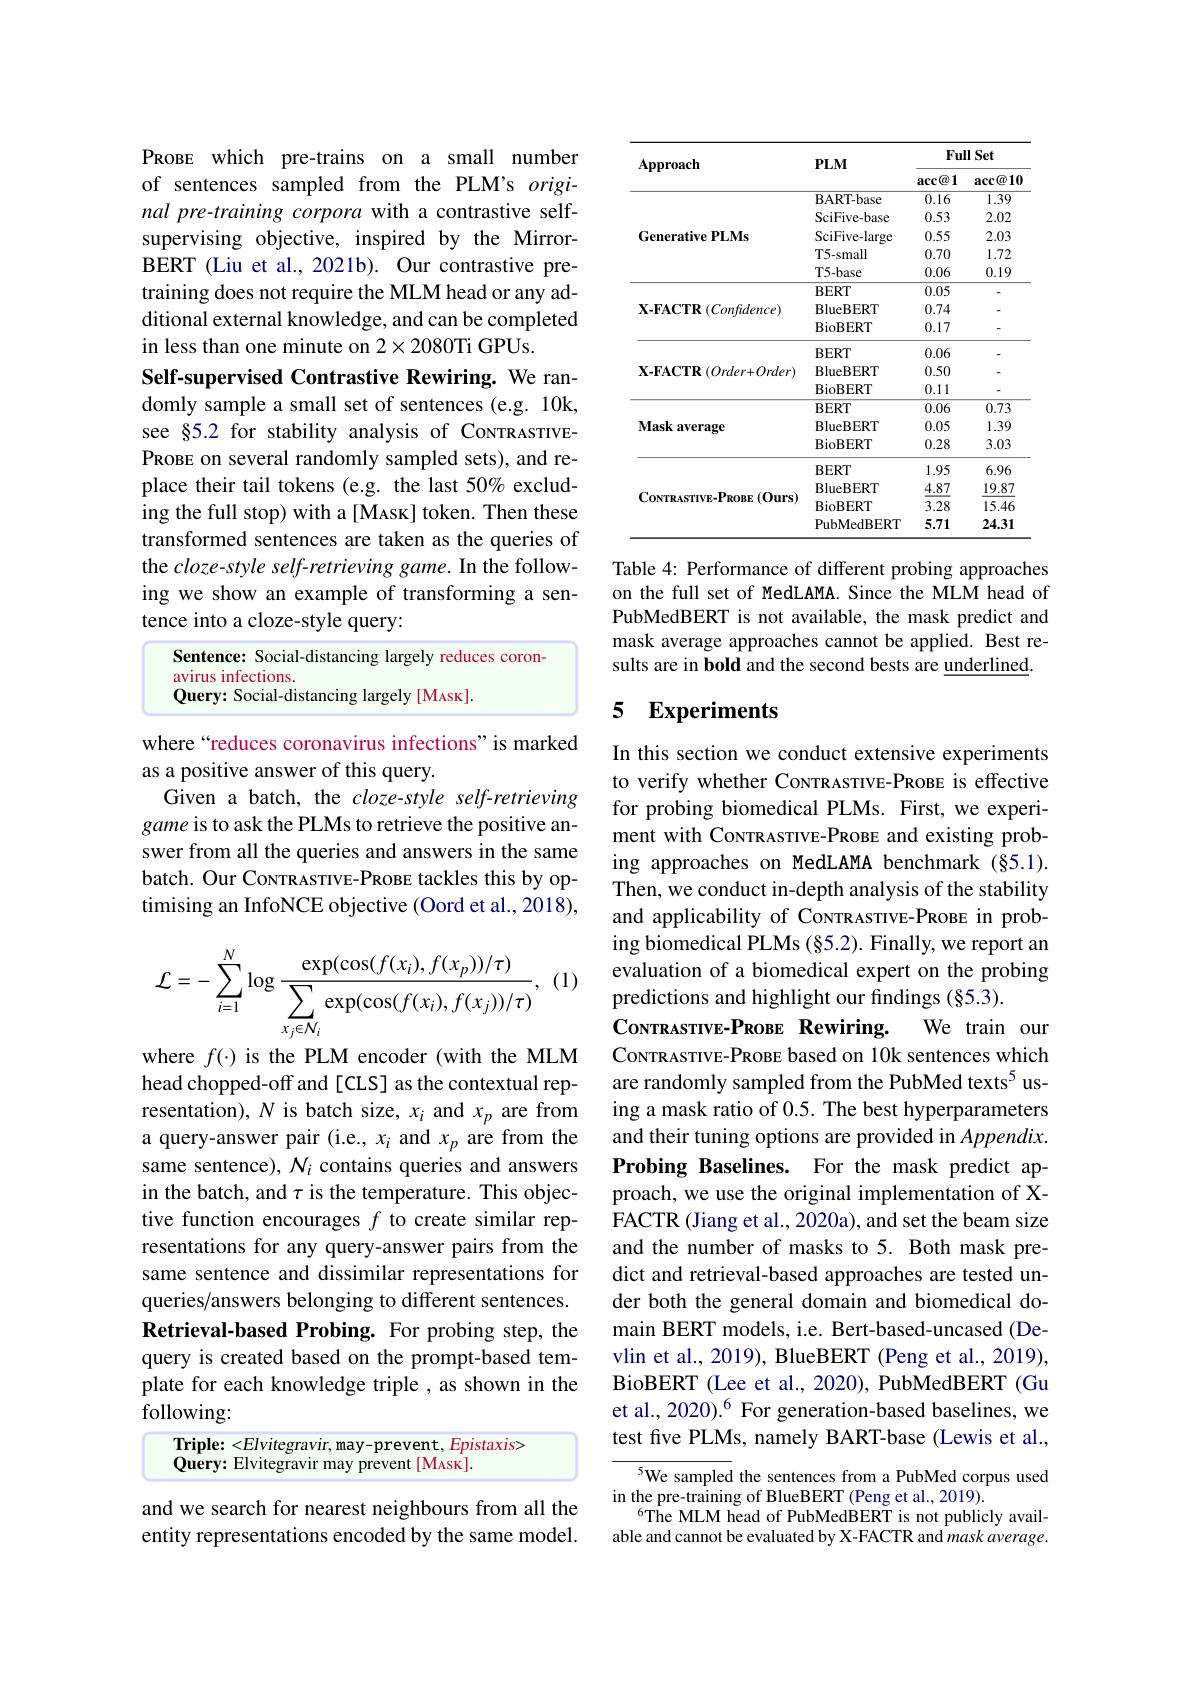
PROBE which pre-trains on a small number of sentences sampled from the PLM's original pre-training corpora with a contrastive selfsupervising objective, inspired by the MirrorBERT (Liu et al., 2021b). Our contrastive pretraining does not require the MLM head or any additional external knowledge, and can be completed in less than one minute on 2$\times2080$Ti GPUs.
Self-supervised Contrastive Rewiring. We randomly sample a small set of sentences (e.g. 10k, see §5.2 for stability analysis of CoNTRASTIVEPROBE on several randomly sampled sets), and replace their tail tokens (e.g. the last 50% excluding the full stop) with a [Mask] token. Then these transformed sentences are taken as the queries of the cloze-style self-retrieving game. In the following we show an example of transforming a sentence into a cloze-style query:

Sentence: Social-distancing largely reduces coron-
avirus infections.
Query: Social-distancing largely [MAsk].

where “reduces coronavirus infections" is marked
as a positive answer of this query.
Given a batch, the $cloze-style$ self-retrieving game is to ask the PLMs to retrieve the positive answer from all the queries and answers in the same batch. Our CoNTRASTIVE-PROBE tackles this by optimising an InfoNCE objective (Oord et al., 2018),

(1)
$$\mathcal{L}=-\sum_{i=1}^{N}\log\frac{\exp(\cos(f(x_{i}),f(x_{p}))/\tau)}{\sum_{x_{j}\in\mathcal{N}_{i}}\exp(\cos(f(x_{i}),f(x_{j}))/\tau)},$$
where $f(\cdot)$ is the PLM encoder (with the MLM head chopped-off and [CLS] as the contextual representation), $N$ is batch size, $x_i$ and $x_p$ are from a query-answer pair (i.e., x¡ and $x_p$ are from the same sentence), $N_i$ contains queries and answers in the batch, and $\tau$ is the temperature. This objective function encourages $f$ to create similar representations for any query-answer pairs from the same sentence and dissimilar representations for queries/answers belonging to different sentences. Retrieval-based Probing. For probing step, the query is created based on the prompt-based template for each knowledge triple , as shown in the following:

Triple: <Elvitegravir, may-prevent, Epistaxis>

$\bar{\textbf{Query: Elvitegravir may prevent[MAsk]}}.$

and we search for nearest neighbours from all the entity representations encoded by the same model.

<table>
	<tbody>
		<tr>
			<th rowspan="2">$\mathbf{Approach}$</th>
			<th rowspan="2">$PLM$</th>
			<th colspan="2">$\mathbf{FullSet}$</th>
		</tr>
		<tr>
			<th>$\arccos1$</th>
			<th>$\arctan(a)$</th>
		</tr>
		<tr>
			<td rowspan="5">Generative PLMs</td>
			<td>$\mathbf{BART-base}$</td>
			<td>0.16</td>
			<td>1.39</td>
		</tr>
		<tr>
			<td>SciFive-base</td>
			<td>0.53</td>
			<td>2.02</td>
		</tr>
		<tr>
			<td>SciFive-large</td>
			<td>0.55</td>
			<td>2.03</td>
		</tr>
		<tr>
			<td>T5-small</td>
			<td>0.70</td>
			<td>1.72</td>
		</tr>
		<tr>
			<td>T5-base</td>
			<td>0.06</td>
			<td>0.19</td>
		</tr>
		<tr>
			<td rowspan="3">$\mathbf{X-FACTR}\left(Confidence\right)$</td>
			<td>$\mathbf{BERT}$</td>
			<td>0.05</td>
			<td> </td>
		</tr>
		<tr>
			<td>BlueBERT</td>
			<td>0.74</td>
			<td> </td>
		</tr>
		<tr>
			<td>${\mathrm{BioBERT}}$</td>
			<td>0.17</td>
			<td> </td>
		</tr>
		<tr>
			<td rowspan="3">$\mathbf{X-FACTR}\left(Order+Order\right)$</td>
			<td>$BERT$</td>
			<td>0.06</td>
			<td> </td>
		</tr>
		<tr>
			<td>BlueBERT</td>
			<td>0.50</td>
			<td> </td>
		</tr>
		<tr>
			<td>BioBERT</td>
			<td>0.11</td>
			<td> </td>
		</tr>
		<tr>
			<td rowspan="3">Mask average</td>
			<td>$\mathbf{BERT}$</td>
			<td>0.06</td>
			<td>0.73</td>
		</tr>
		<tr>
			<td>BlueBERT</td>
			<td>0.05</td>
			<td>1.39</td>
		</tr>
		<tr>
			<td>${\mathrm{BioBERT}}$</td>
			<td>0.28</td>
			<td>3.03</td>
		</tr>
		<tr>
			<td rowspan="4">$\mathbf{Covras}_{\mathrm{TIVE-PROBE}}\left(\mathbf{Ours}\right)$</td>
			<td>$BERT$</td>
			<td>1.95</td>
			<td>6.96</td>
		</tr>
		<tr>
			<td>BlueBERT</td>
			<td>4.87</td>
			<td>19.87</td>
		</tr>
		<tr>
			<td>BioBERT</td>
			<td>3.28</td>
			<td>15.46</td>
		</tr>
		<tr>
			<td>PubMedBERT</td>
			<td>5.71</td>
			<td>24.31</td>
		</tr>
	</tbody>
</table>

Table 4: Performance of different probing approaches on the full set of MedLAMA. Since the MLM head of PubMedBERT is not available, the mask predict and mask average approaches cannot be applied. Best results are in bold and the second bests are underlined.

### 5 Experiments

In this section we conduct extensive experiments to verify whether CoNTRASTIVE-PROBE is effective for probing biomedical PLMs. First, we experiment with CoNTRASTIVE-PROBE and existing probing approaches on MedLAMA benchmark (§5.1). Then, we conduct in-depth analysis of the stability and applicability of CoNTRASTIVE-PROBE in probing biomedical PLMs (§5.2). Finally, we report an evaluation of a biomedical expert on the probing predictions and highlight our findings (§5.3).
CoNTRASTIVE-PROBE Rewiring.
We train our
CoNTRASTIVE-PROBE based on 10k sentences which are randomly sampled from the PubMed texts$^{5}$ using a mask ratio of 0.5. The best hyperparameters and their tuning options are provided in Appendix. Probing Baselines. For the mask predict approach, we use the original implementation of XFACTR (Jiang et al., 2020a), and set the beam size and the number of masks to 5. Both mask predict and retrieval-based approaches are tested under both the general domain and biomedical domain BERT models, i.e. Bert-based-uncased (Devlin et al., 2019), BlueBERT (Peng et al., 2019), BioBERT (Lee et al., 2020), PubMedBERT (Gu et al., 2020).$^{6}$ For generation-based baselines, we test five PLMs, namely BART-base (Lewis et al.,
5We sampled the sentences from a PubMed corpus used

in the pre-training of BlueBERT (Peng et al., 2019).
$^{6}$The MLM head of PubMedBERT is not publicly available and cannot be evaluated by X-FACTR and mask average.